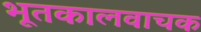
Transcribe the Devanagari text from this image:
भूतकालवाचक